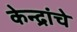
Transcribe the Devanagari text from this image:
केन्द्रांचे